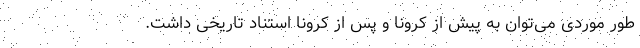
طور موردی می‌توان به پیش از کرونا و پس از کرونا استناد تاریخی داشت.